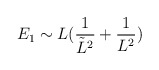
\begin{align*}E_{1} \sim L(\frac{1}{\tilde{L}^{2}}+\frac{1}{L^{2}}) \end{align*}